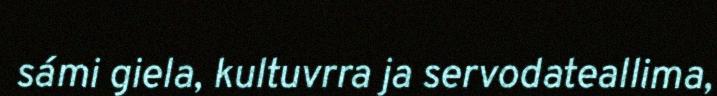
sámi giela, kultuvrra ja servodateallima,